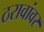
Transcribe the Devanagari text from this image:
ठरावांवर